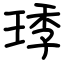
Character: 㻑